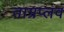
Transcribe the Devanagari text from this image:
ताम्रप्लव